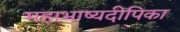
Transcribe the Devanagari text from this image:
महाभाष्यदीपिका